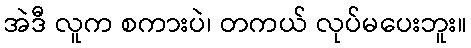
အဲဒီ လူက စကားပဲ၊ တကယ် လုပ်မပေးဘူး။